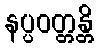
နပ္ပဝတ္တန္တိ